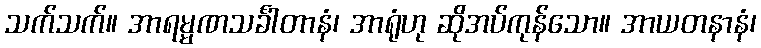
သက်သက်။ အာရမ္မဏသင်္ခါတာနံ၊ အာရုံဟု ဆိုအပ်ကုန်သော။ အာယတနာနံ၊